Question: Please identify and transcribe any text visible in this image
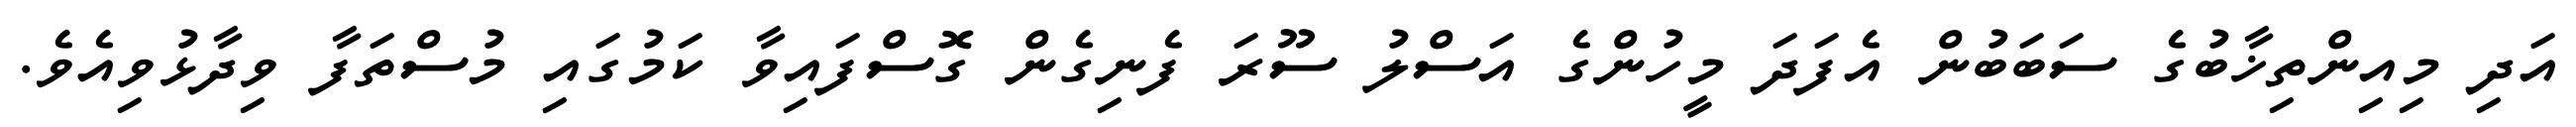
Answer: އަދި މިއިންތިޚާބުގެ ސަބަބުން އެފަދަ މީހުންގެ އަސްލު ސޫރަ ފެނިގެން ގޮސްފައިވާ ކަމުގައި މުސްތަފާ ވިދާޅުވިއެވެ.